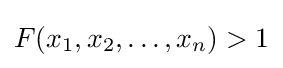
F(x_{1},x_{2},\ldots ,x_{n})>1